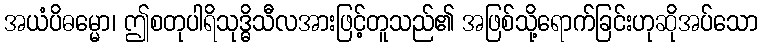
အယံပိဓမ္မော၊ ဤစတုပါရိသုဒ္ဓိသီလအားဖြင့်တူသည်၏ အဖြစ်သို့ရောက်ခြင်းဟုဆိုအပ်သော